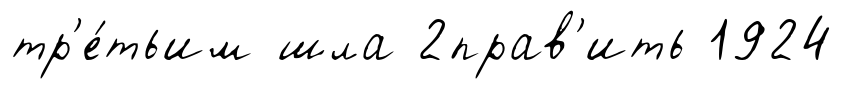
тр'е́тьим шла 2прав'ить 1924